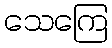
သေကြေ